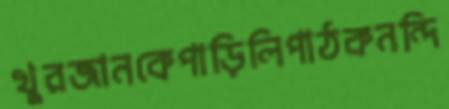
খুরজানকেপাড়িলিপাঠকনন্দি